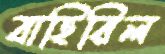
বাহিরিল